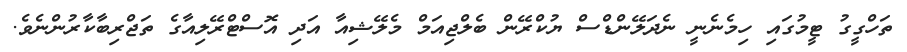
ތަހްގީގު ޓީމުގައި ހިމެނެނީ ނެދަލޭންޑްސް ޔުކްރޭން ބެލްޖިއަމް މެލޭޝިއާ އަދި އޮސްޓްރޭލިއާގެ ތަޖްރިބާކާރުންނެވެ.